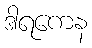
ဒါရကေန